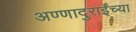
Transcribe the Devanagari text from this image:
अण्णादुराईंच्या